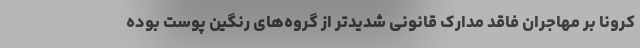
کرونا بر مهاجران فاقد مدارک قانونی شدیدتر از گروه‌های رنگین پوست بوده